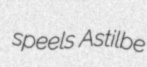
speels Astilbe